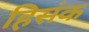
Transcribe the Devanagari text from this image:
हिसंक